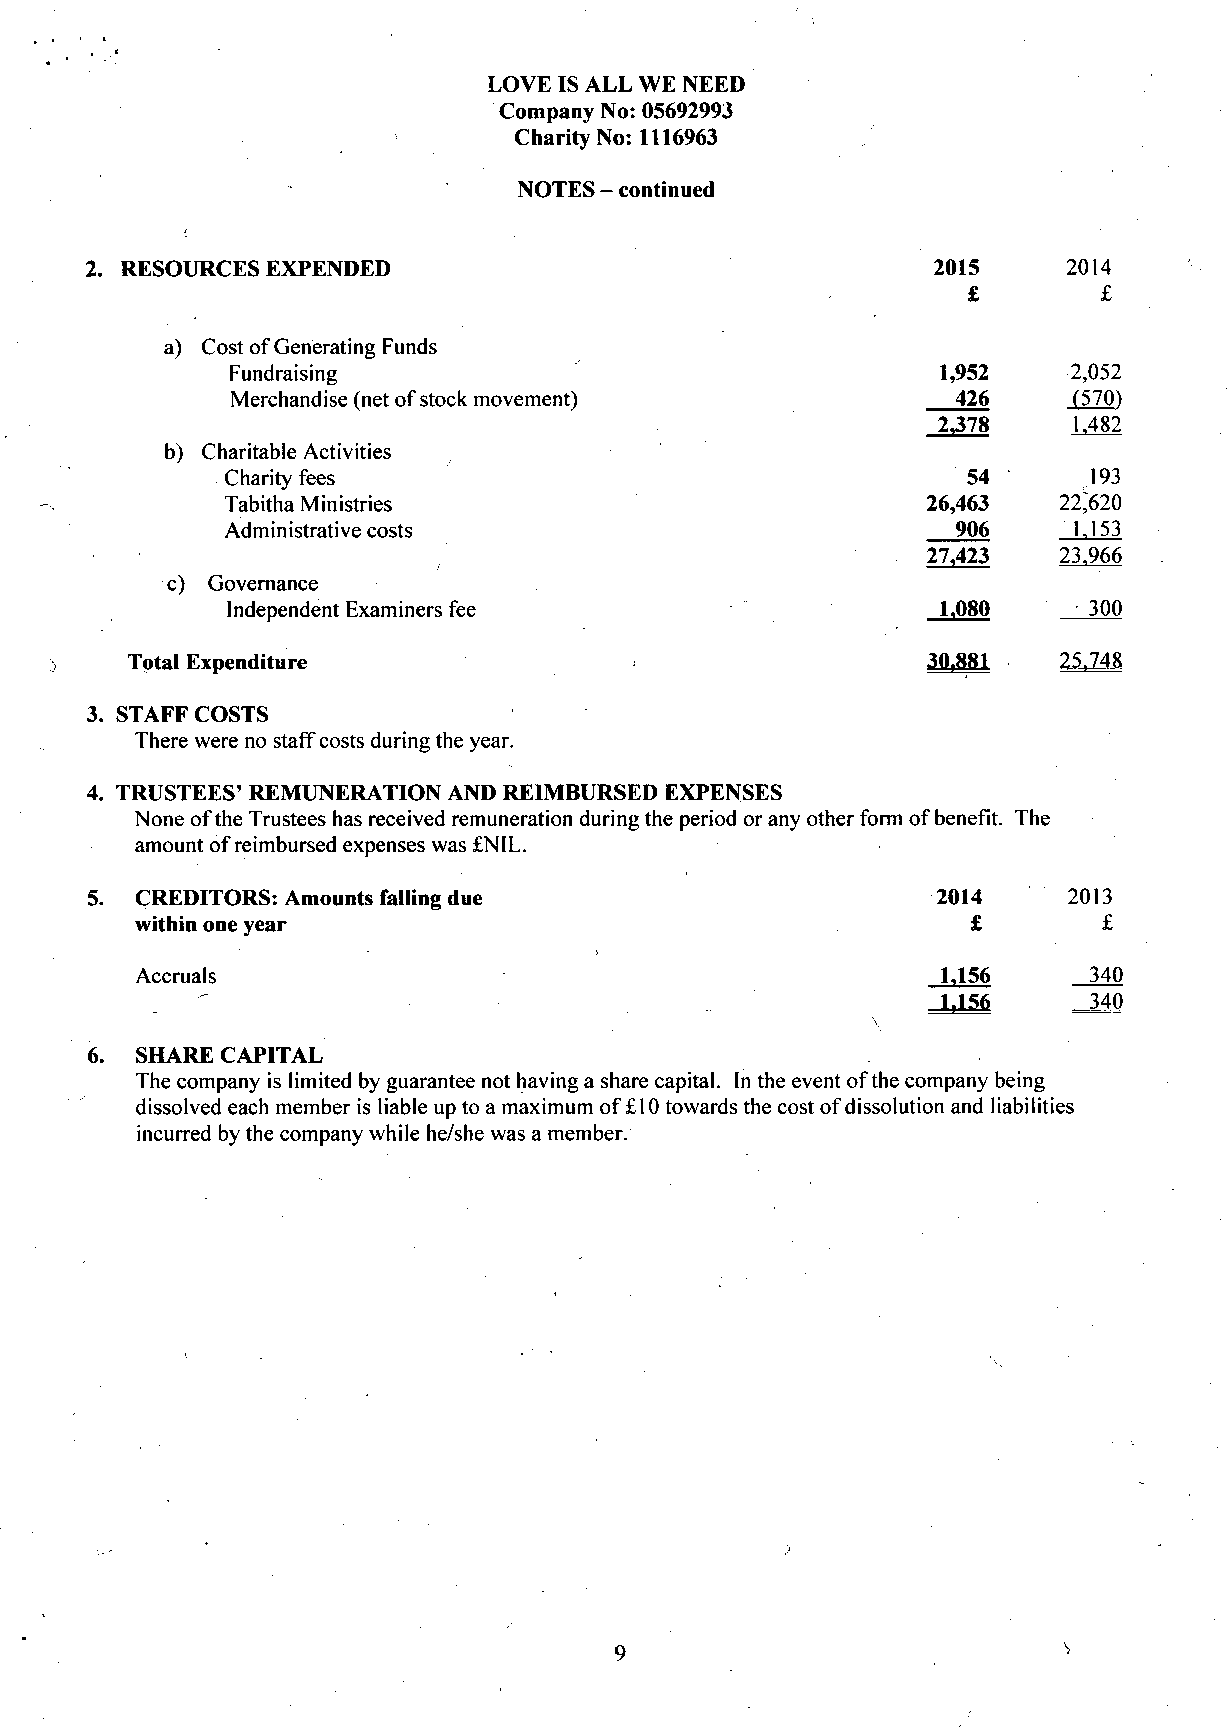
LOVE IS ALL WE NEED
 Company No: 05692993
 Charity No: 1116963
 NOTES - continued
 2. RESOURCES EXPENDED                                   2015     2014
 £        £
 a) Cost of Generating Funds
 Fundraising                                    1,952    2,052
 Merchandise (net of stock movement)              426    (570)
 2.378    1.482
 b) Charitable Activities
 Charity fees                                     54      193
 Tabitha Ministries                            26,463   22^20
 Administrative costs                            906     1.153
 27,423   23.966
 c) Governance
 Independent Examiners fee                      1,080     300
 Total Expenditure                                    3JU881   2_5J48
 3. STAFF COSTS
 There were no staff costs during the year.
 4. TRUSTEES' REMUNERATION AND REIMBURSED EXPENSES
 None of the Trustees has received remuneration during the period or any other form of benefit. The
 amount of reimbursed expenses was £NIL.
 5. CREDITORS: Amounts falling due                       2014     2013
 within one year                                        £        £
 Accruals                                             1,156     340
 1-156    , 340
 6. SHARE CAPITAL
 The company is limited by guarantee not having a share capital. In the event of the company being
 dissolved each member is liable up to a maximum of £10 towards the cost of dissolution and liabilities
 incurred by the company while he/she was a member.
 9                            V